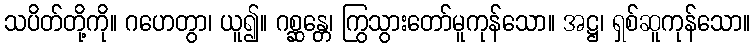
သပိတ်တို့ကို။ ဂဟေတွာ၊ ယူ၍။ ဂစ္ဆန္တေ၊ ကြွသွားတော်မူကုန်သော။ အဋ္ဌ၊ ရှစ်ဆူကုန်သော။